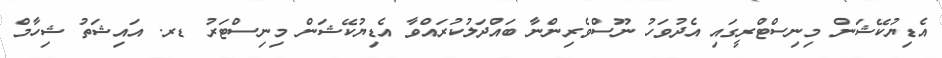
އެޑިޔުކޭޝަން މިނިސްޓްރީގައި އެދުވަހު ނޫސްވެރިންނާ ބައްދަލުކުރައްވާ އެޑިޔުކޭޝަން މިނިސްޓަރު ޑރ. އައިޝަތު ޝިހާމް